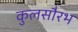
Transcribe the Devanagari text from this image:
कुलसौरभ